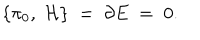
LaTeX: \{ { \cal \pi } _ { 0 } , \; { \cal H } \} \; = \; { \partial } E \; = \; 0 .